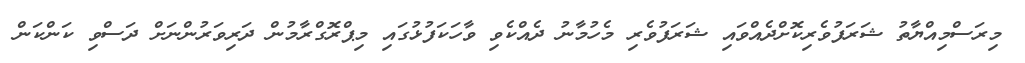
މިރަސްމިއްޔާތު ޝަރަފުވެރިކޮށްދެއްވައި ޝަރަފުވެރި މެހުމާނު ދެއްކެވި ވާހަކަފުޅުގައި މިޕްރޮގްރާމުން ދަރިވަރުންނަށް ދަސްވި ކަންކަން